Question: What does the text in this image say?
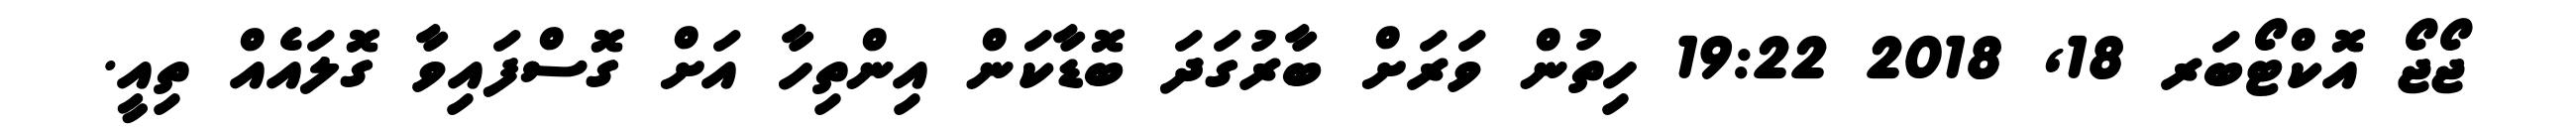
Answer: ޖޯޖޯ އޮކްޓޯބަރ 18, 2018 19:22 ހިތުން ވަރަށް ބާރުގަދަ ބޮޑާކަން އިންތިހާ އަށް ގޮސްފައިވާ ގޮލައެއް ތިއީ.